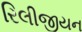
રિલીજીયન